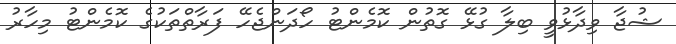
ޝުޖާ ވިދާޅުވީ ބިލާ ގުޅޭ ގޮތުން ކޮމެންޓު ހޯދަންޖެހޭ ފަރާތްތަކުގެ ކޮމެންޓު މިހާރު